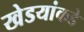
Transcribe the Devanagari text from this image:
खेडयांकडे